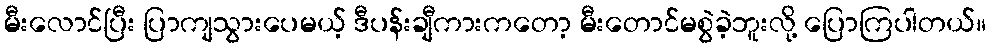
မီးလောင်ပြီး ပြာကျသွားပေမယ့် ဒီပန်းချီကားကတော့ မီးတောင်မစွဲခဲ့ဘူးလို့ ပြောကြပါတယ်။